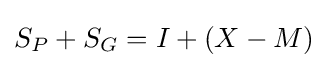
S_{P}+S_{G}=I+(X-M)